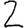
Digit: 2